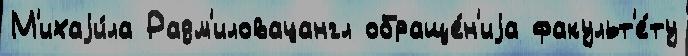
М'ихаjи́ла Радм'иловацангл обраще́н'иjа факульт'е́ту